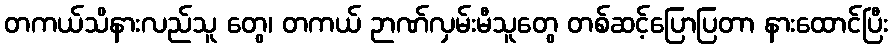
တကယ်သိနားလည်သူ တွေ၊ တကယ် ဉာဏ်လှမ်းမီသူတွေ တစ်ဆင့်ပြောပြတာ နားထောင်ပြီး